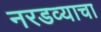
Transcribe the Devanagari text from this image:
नरडव्याचा